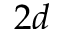
2 d